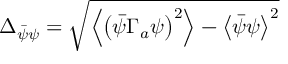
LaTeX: \Delta _ { \bar { \psi } \psi } = \sqrt { \left\langle \left( \bar { \psi } \Gamma _ { a } \psi \right) ^ { 2 } \right\rangle - \left\langle \bar { \psi } \psi \right\rangle ^ { 2 } }